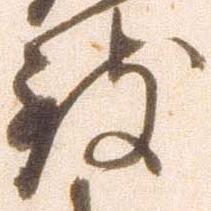
致